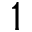
1